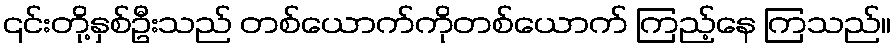
၎င်းတို့နှစ်ဦးသည် တစ်ယောက်ကိုတစ်ယောက် ကြည့်နေ ကြသည်။